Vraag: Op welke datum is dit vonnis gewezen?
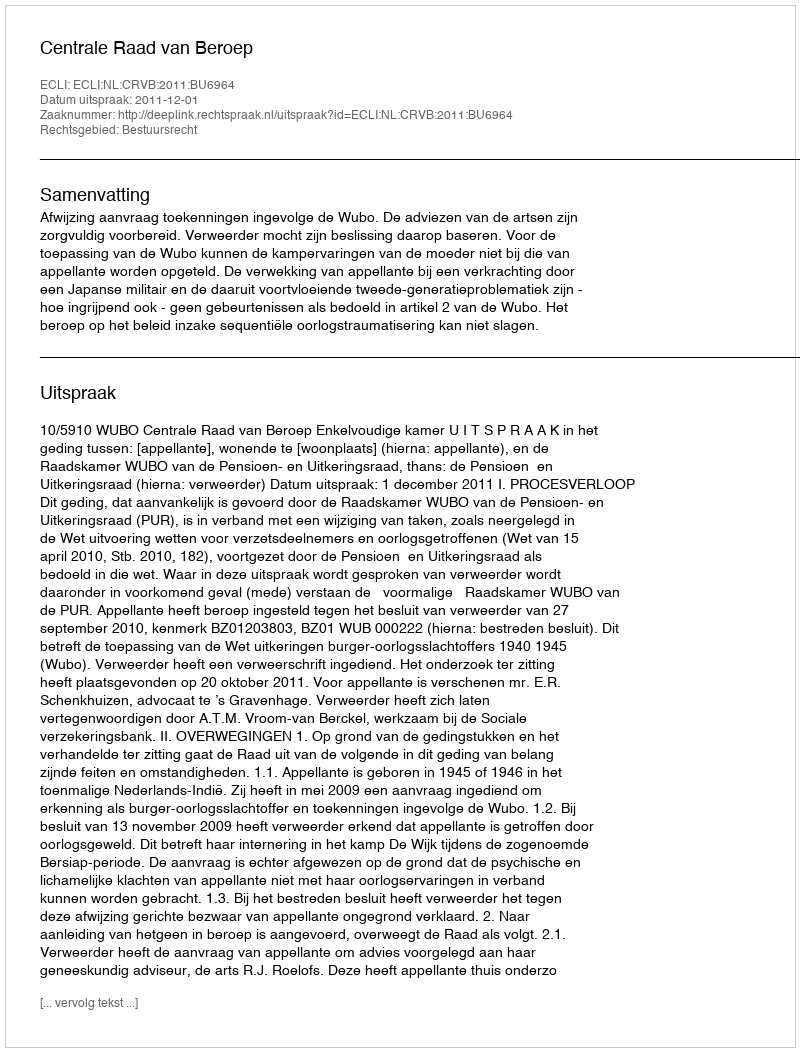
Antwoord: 2011-12-01